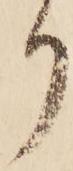
り